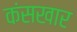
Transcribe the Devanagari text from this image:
कंसखार